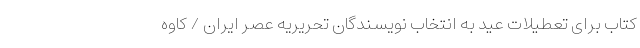
کتاب برای تعطیلات عید به انتخاب نویسندگان تحریریه عصر ایران / کاوه